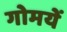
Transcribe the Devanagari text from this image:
गोमयें